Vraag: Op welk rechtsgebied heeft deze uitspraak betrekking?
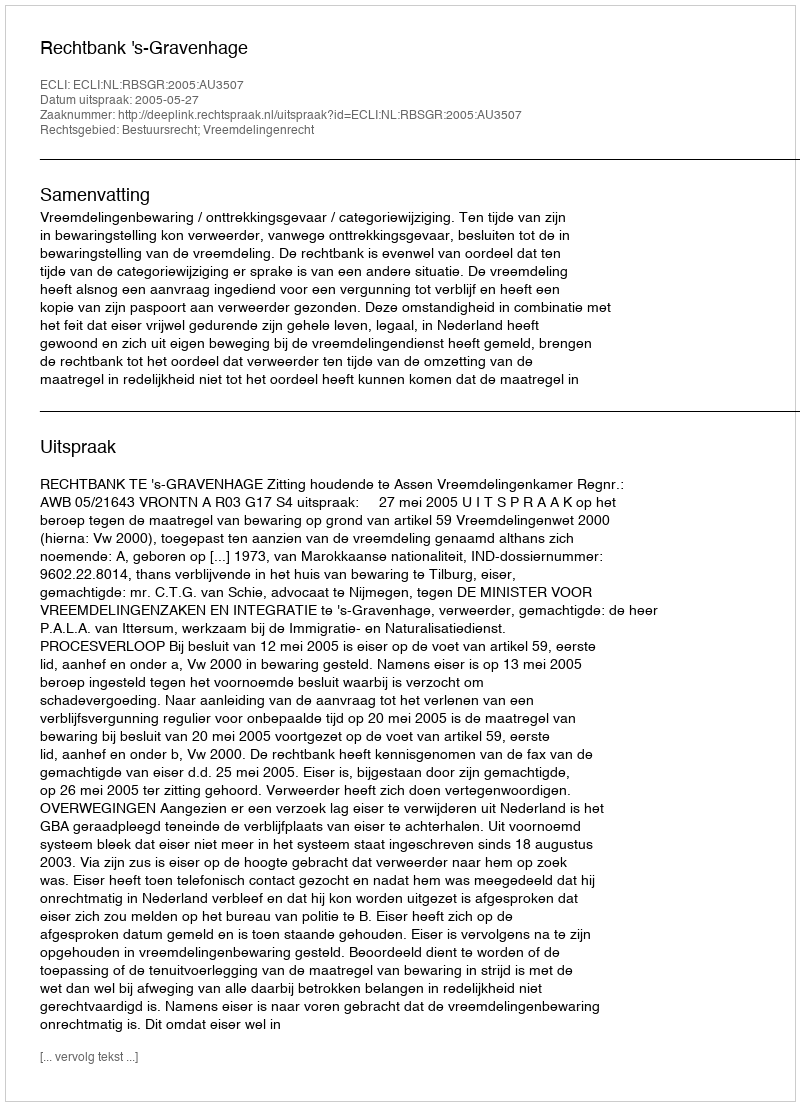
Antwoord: Bestuursrecht; Vreemdelingenrecht